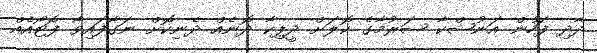
ދާދި ފަހުން އަނުޝްކާ ޝަރުމާގެ ކޮލަށް ދީޕިކާ ދޮނެއް ދެނިކޮށް ނަގާފައިވާ ފޮޓޯއެއް